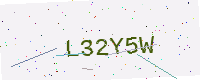
Text: L32Y5W